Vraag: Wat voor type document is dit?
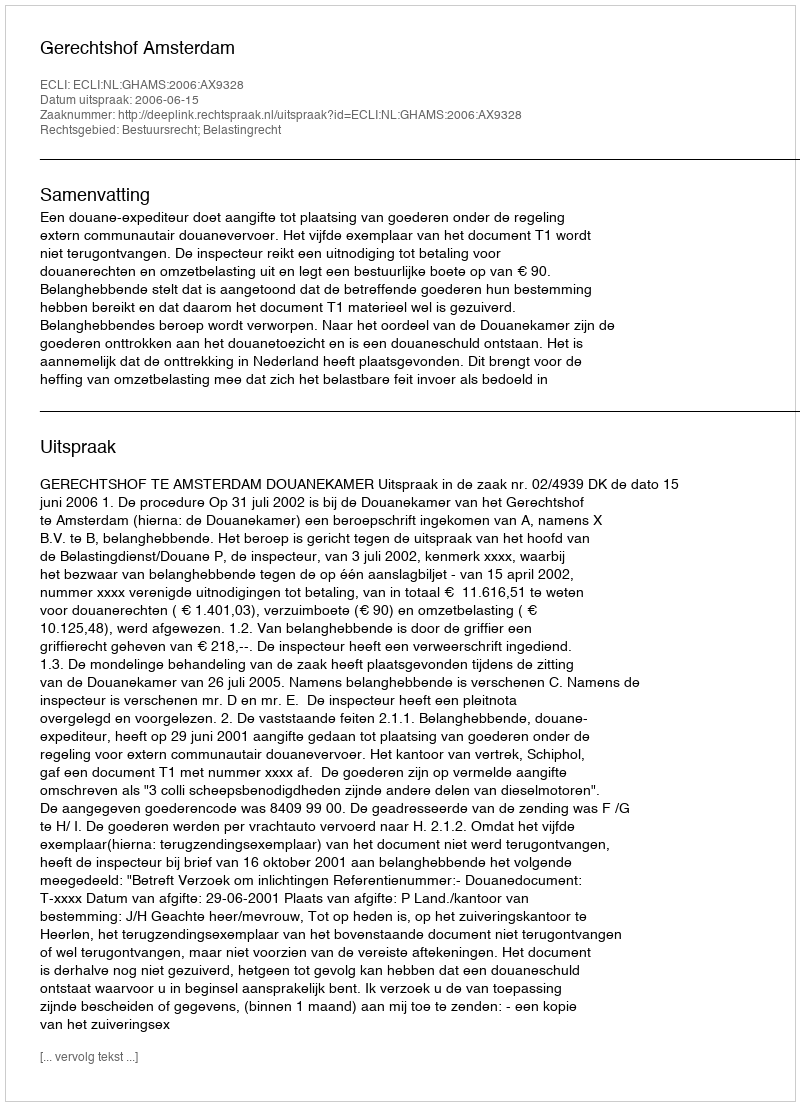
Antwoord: Uitspraak